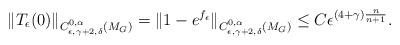
LaTeX: \begin{align*} \left\lVert T_\epsilon(0)\right\rVert_{C^{0,\alpha}_{\epsilon,\gamma+2,\delta}(M_G)} =\lVert 1-e^{f_\epsilon}\rVert_{C^{0,\alpha}_{\epsilon,\gamma+2,\delta}(M_G)} \leq C\epsilon^{(4+\gamma)\frac n{n+1}}. \end{align*}